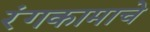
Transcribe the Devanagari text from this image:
रंगकामाचे